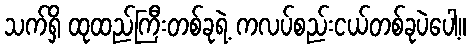
သက်ရှိ ထုထည်ကြီးတစ်ခုရဲ့ ကလပ်စည်းငယ်တစ်ခုပဲပေါ့။